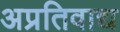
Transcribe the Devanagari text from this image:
अप्रतिवाद्य